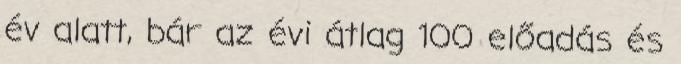
év alatt, bár az évi átlag 100 előadás és